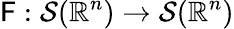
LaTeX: \mathsf{F}:{\mathcal{{S}}}(\mathbb{{R}}^{n})\to{\mathcal{{S}}}(\mathbb{{R}}^{n})